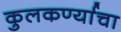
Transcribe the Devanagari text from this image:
कुलकर्ण्याचा